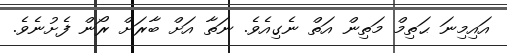
އައިމިނަ ޙަތިމް މަތިން އަތް ނެގިއެވެ. ނަތާ އަށް ބާރަށް ރޯން ފެށުނެވެ.